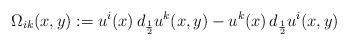
LaTeX: \begin{align*} \Omega_{ik}(x,y) := u^i(x)\, d_{\frac{1}{2}} u^k(x,y) - u^k(x)\, d_{\frac{1}{2}} u^i(x,y)\end{align*}